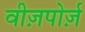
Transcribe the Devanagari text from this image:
वीज़पोर्ज़